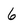
Character: 6